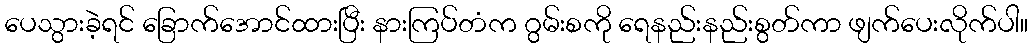
ပေသွားခဲ့ရင် ခြောက်အောင်ထားပြီး နားကြပ်တံက ဂွမ်းစကို ရေနည်းနည်းစွတ်ကာ ဖျက်ပေးလိုက်ပါ။